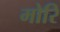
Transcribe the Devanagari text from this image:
मोरि